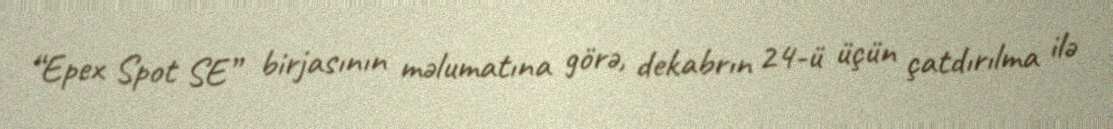
“Epex Spot SE” birjasının məlumatına görə, dekabrın 24-ü üçün çatdırılma ilə